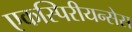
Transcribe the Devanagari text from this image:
एकस्पिरीयन्सेस